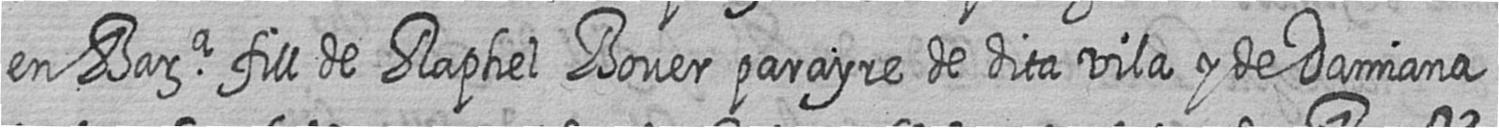
en Bara fill de Raphel Bover parayre de dita vila y de Damiana